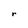
Character: r